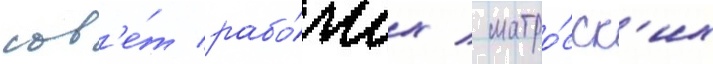
сов'е́т рабо́чих / матро́сск'их